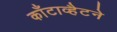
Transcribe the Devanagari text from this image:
काँटाव्हैटने